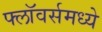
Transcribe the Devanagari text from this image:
फ्लॉवर्समध्ये